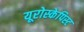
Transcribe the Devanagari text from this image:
यूरोस्केपिस्ट